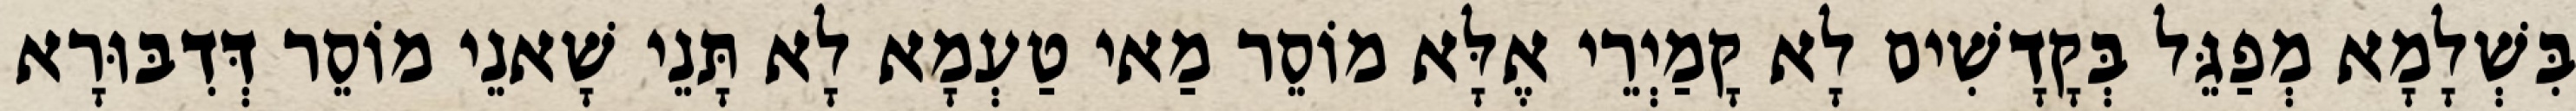
בִּשְׁלָמָא מְפַגֵּל בְּקָדָשִׁים לָא קָמַיְרֵי אֶלָּא מוֹסֵר מַאי טַעְמָא לָא תָּנֵי שָׁאנֵי מוֹסֵר דְּדִבּוּרָא